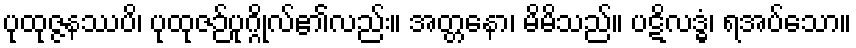
ပုထုဇ္ဇနဿပိ၊ ပုထုဇဉ်ပုဂ္ဂိုလ်၏လည်း။ အတ္တနော၊ မိမိသည်။ ပဋိလဒ္ဓံ၊ ရအပ်သော။